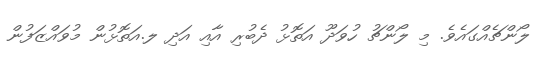
ލޯންޗެއްގައެވެ. މި ލޯންޗު ހުވަދޫ އަތޮޅު ދެބުރި އާއި އަދި ލ.އަތޮޅުން މުވައްޒަފުން